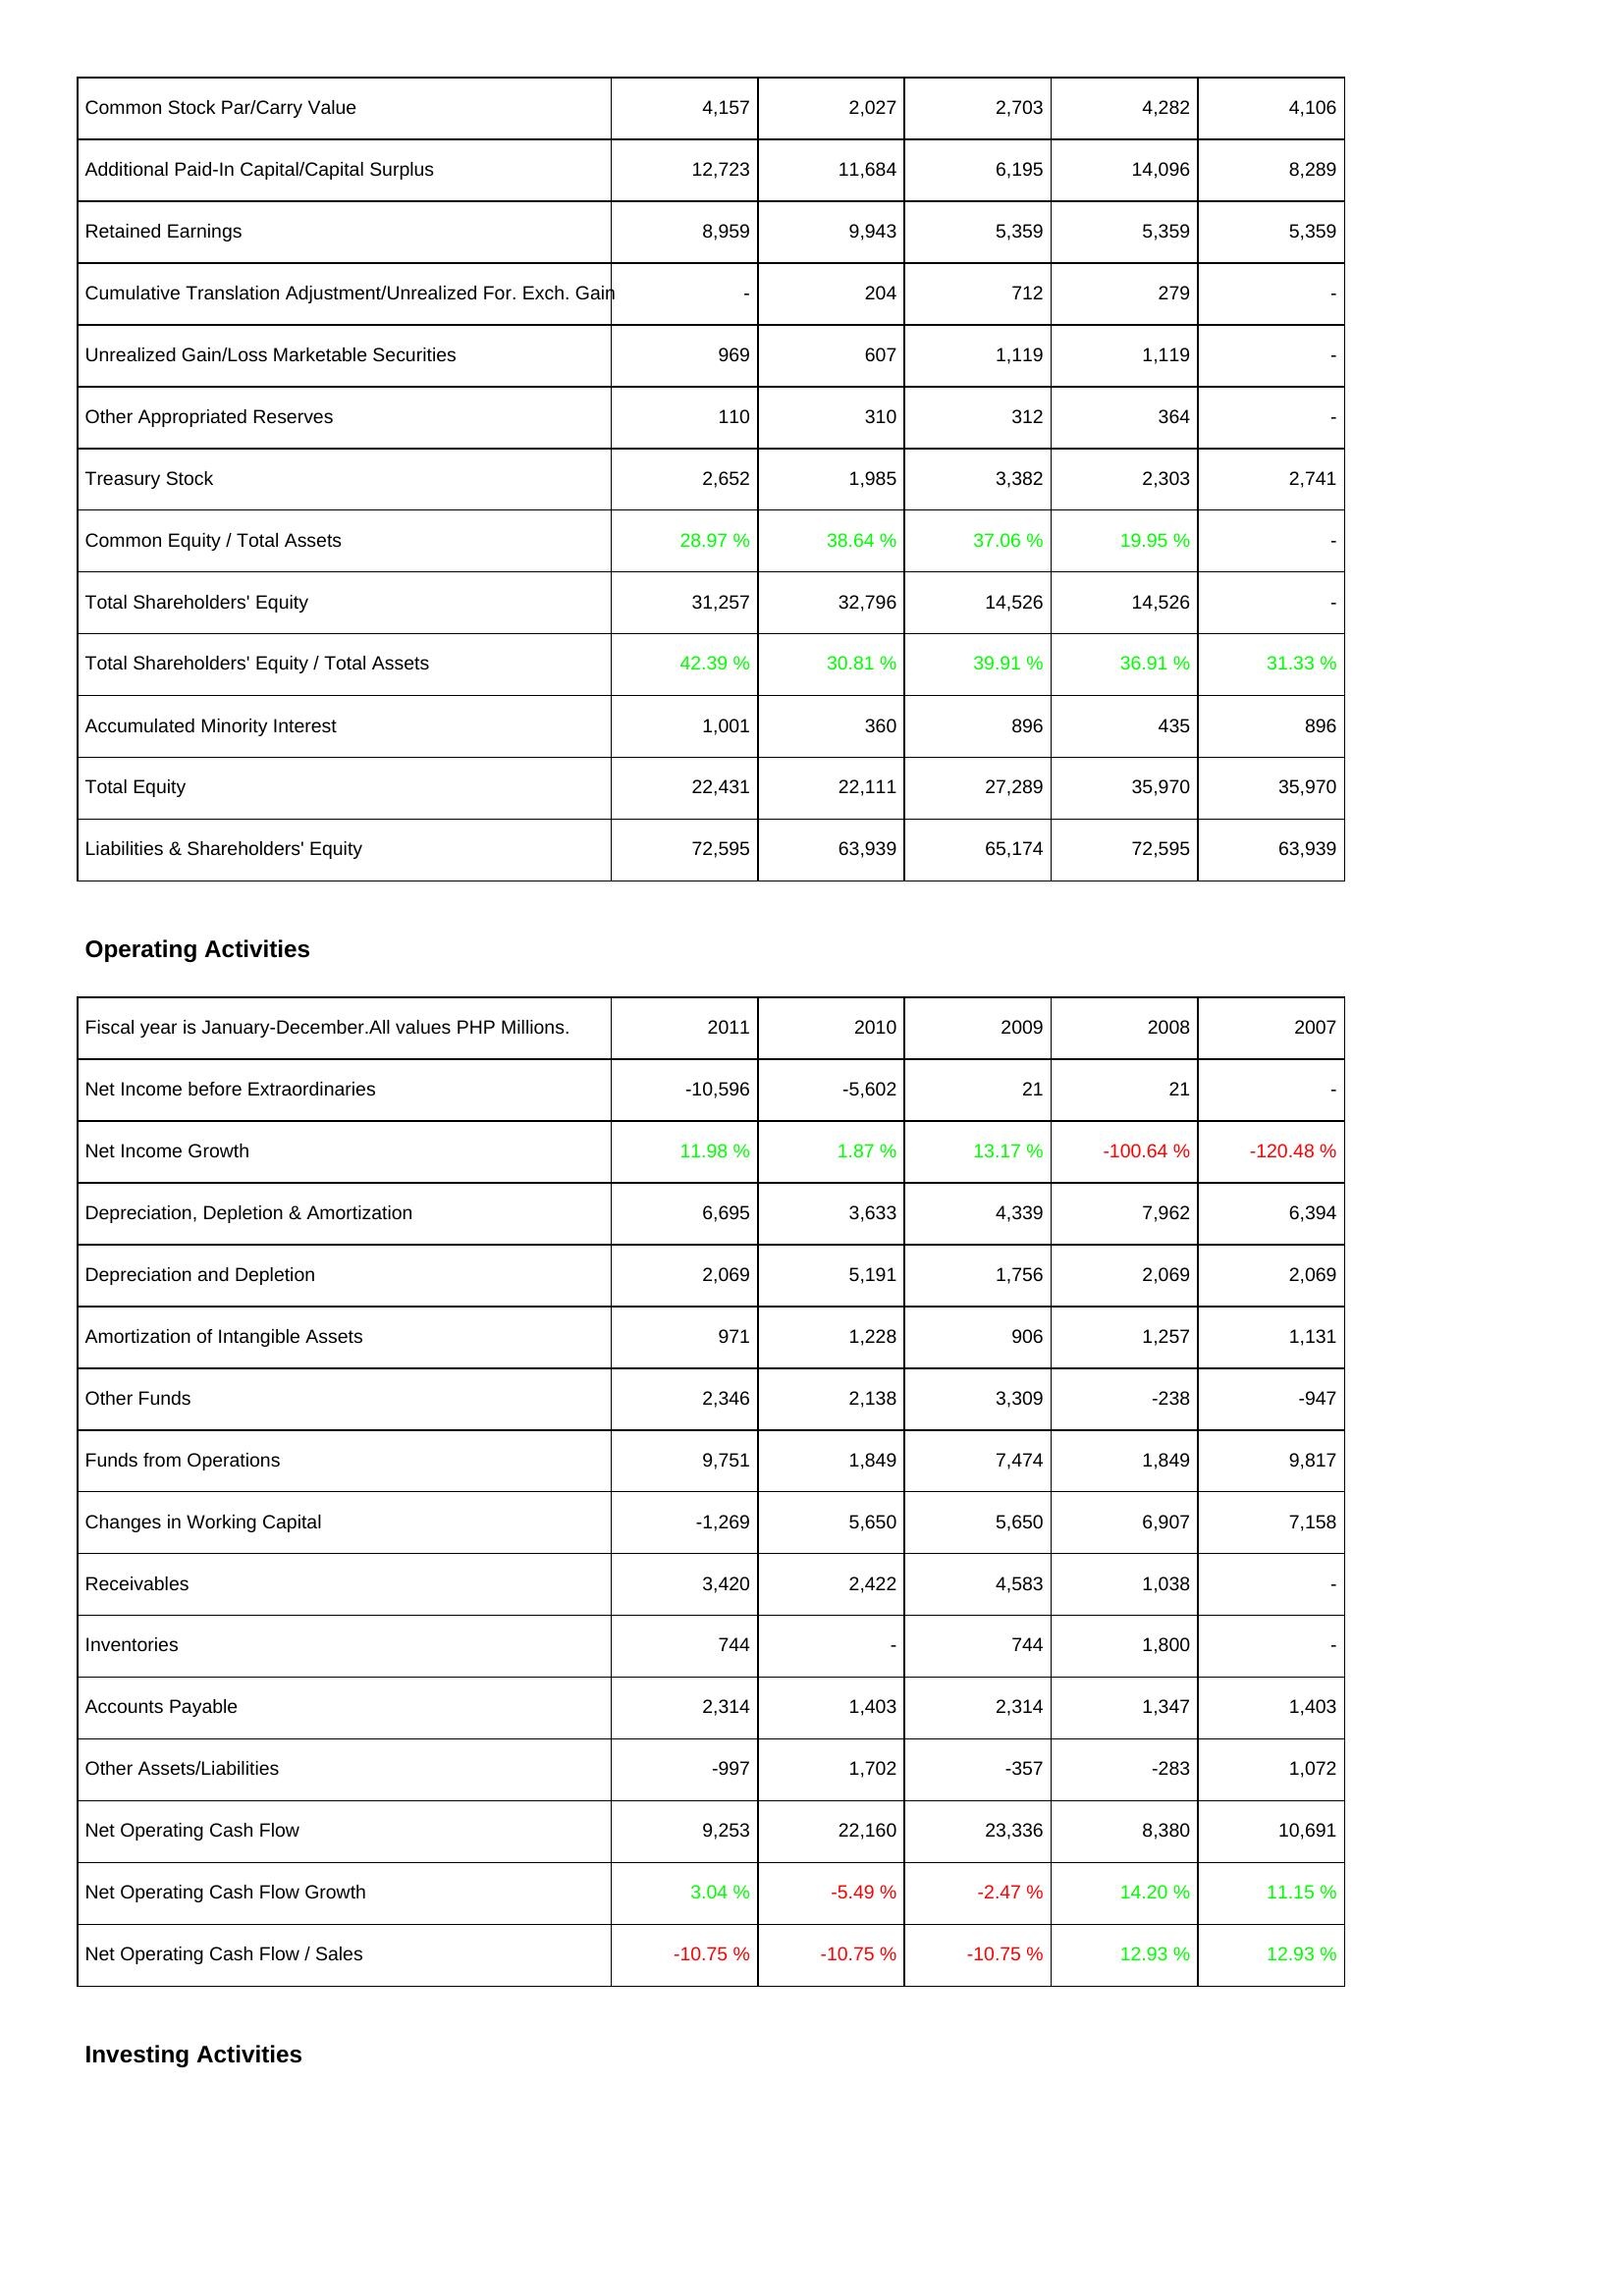
2011: Liabilities & Shareholders' Equity: Common Stock Par/Carry Value: 4,157
Additional Paid-In Capital/Capital Surplus: 12,723
Retained Earnings: 8,959
Cumulative Translation Adjustment/Unrealized For. Exch. Gain: -
Unrealized Gain/Loss Marketable Securities: 969
Other Appropriated Reserves: 110
Treasury Stock: 2,652
Common Equity / Total Assets: 28.97 %
Total Shareholders' Equity: 31,257
Total Shareholders' Equity / Total Assets: 42.39 %
Accumulated Minority Interest: 1,001
Total Equity: 22,431
Liabilities & Shareholders' Equity: 72,595
Operating Activities: Net Income before Extraordinaries: -10,596
Net Income Growth: 11.98 %
Depreciation, Depletion & Amortization: 6,695
Depreciation and Depletion: 2,069
Amortization of Intangible Assets: 971
Other Funds: 2,346
Funds from Operations: 9,751
Changes in Working Capital: -1,269
Receivables: 3,420
Inventories: 744
Accounts Payable: 2,314
Other Assets/Liabilities: -997
Net Operating Cash Flow: 9,253
Net Operating Cash Flow Growth: 3.04 %
Net Operating Cash Flow / Sales: -10.75 %
2010: Liabilities & Shareholders' Equity: Common Stock Par/Carry Value: 2,027
Additional Paid-In Capital/Capital Surplus: 11,684
Retained Earnings: 9,943
Cumulative Translation Adjustment/Unrealized For. Exch. Gain: 204
Unrealized Gain/Loss Marketable Securities: 607
Other Appropriated Reserves: 310
Treasury Stock: 1,985
Common Equity / Total Assets: 38.64 %
Total Shareholders' Equity: 32,796
Total Shareholders' Equity / Total Assets: 30.81 %
Accumulated Minority Interest: 360
Total Equity: 22,111
Liabilities & Shareholders' Equity: 63,939
Operating Activities: Net Income before Extraordinaries: -5,602
Net Income Growth: 1.87 %
Depreciation, Depletion & Amortization: 3,633
Depreciation and Depletion: 5,191
Amortization of Intangible Assets: 1,228
Other Funds: 2,138
Funds from Operations: 1,849
Changes in Working Capital: 5,650
Receivables: 2,422
Inventories: -
Accounts Payable: 1,403
Other Assets/Liabilities: 1,702
Net Operating Cash Flow: 22,160
Net Operating Cash Flow Growth: -5.49 %
Net Operating Cash Flow / Sales: -10.75 %
2009: Liabilities & Shareholders' Equity: Common Stock Par/Carry Value: 2,703
Additional Paid-In Capital/Capital Surplus: 6,195
Retained Earnings: 5,359
Cumulative Translation Adjustment/Unrealized For. Exch. Gain: 712
Unrealized Gain/Loss Marketable Securities: 1,119
Other Appropriated Reserves: 312
Treasury Stock: 3,382
Common Equity / Total Assets: 37.06 %
Total Shareholders' Equity: 14,526
Total Shareholders' Equity / Total Assets: 39.91 %
Accumulated Minority Interest: 896
Total Equity: 27,289
Liabilities & Shareholders' Equity: 65,174
Operating Activities: Net Income before Extraordinaries: 21
Net Income Growth: 13.17 %
Depreciation, Depletion & Amortization: 4,339
Depreciation and Depletion: 1,756
Amortization of Intangible Assets: 906
Other Funds: 3,309
Funds from Operations: 7,474
Changes in Working Capital: 5,650
Receivables: 4,583
Inventories: 744
Accounts Payable: 2,314
Other Assets/Liabilities: -357
Net Operating Cash Flow: 23,336
Net Operating Cash Flow Growth: -2.47 %
Net Operating Cash Flow / Sales: -10.75 %
2008: Liabilities & Shareholders' Equity: Common Stock Par/Carry Value: 4,282
Additional Paid-In Capital/Capital Surplus: 14,096
Retained Earnings: 5,359
Cumulative Translation Adjustment/Unrealized For. Exch. Gain: 279
Unrealized Gain/Loss Marketable Securities: 1,119
Other Appropriated Reserves: 364
Treasury Stock: 2,303
Common Equity / Total Assets: 19.95 %
Total Shareholders' Equity: 14,526
Total Shareholders' Equity / Total Assets: 36.91 %
Accumulated Minority Interest: 435
Total Equity: 35,970
Liabilities & Shareholders' Equity: 72,595
Operating Activities: Net Income before Extraordinaries: 21
Net Income Growth: -100.64 %
Depreciation, Depletion & Amortization: 7,962
Depreciation and Depletion: 2,069
Amortization of Intangible Assets: 1,257
Other Funds: -238
Funds from Operations: 1,849
Changes in Working Capital: 6,907
Receivables: 1,038
Inventories: 1,800
Accounts Payable: 1,347
Other Assets/Liabilities: -283
Net Operating Cash Flow: 8,380
Net Operating Cash Flow Growth: 14.20 %
Net Operating Cash Flow / Sales: 12.93 %
2007: Liabilities & Shareholders' Equity: Common Stock Par/Carry Value: 4,106
Additional Paid-In Capital/Capital Surplus: 8,289
Retained Earnings: 5,359
Cumulative Translation Adjustment/Unrealized For. Exch. Gain: -
Unrealized Gain/Loss Marketable Securities: -
Other Appropriated Reserves: -
Treasury Stock: 2,741
Common Equity / Total Assets: -
Total Shareholders' Equity: -
Total Shareholders' Equity / Total Assets: 31.33 %
Accumulated Minority Interest: 896
Total Equity: 35,970
Liabilities & Shareholders' Equity: 63,939
Operating Activities: Net Income before Extraordinaries: -
Net Income Growth: -120.48 %
Depreciation, Depletion & Amortization: 6,394
Depreciation and Depletion: 2,069
Amortization of Intangible Assets: 1,131
Other Funds: -947
Funds from Operations: 9,817
Changes in Working Capital: 7,158
Receivables: -
Inventories: -
Accounts Payable: 1,403
Other Assets/Liabilities: 1,072
Net Operating Cash Flow: 10,691
Net Operating Cash Flow Growth: 11.15 %
Net Operating Cash Flow / Sales: 12.93 %